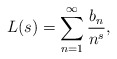
\begin{align*}L(s) = \sum_{n=1}^\infty \frac{b_n}{n^s},\end{align*}